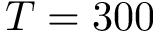
T = 3 0 0